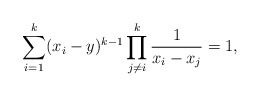
\begin{align*}\sum_{i=1}^{k} (x_{i}-y)^{k-1} \prod_{j\ne i}^{k}\frac{1}{x_{i}-x_{j}}=1,\end{align*}